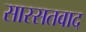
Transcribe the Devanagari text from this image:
सास्सतवाद